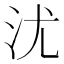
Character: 沋